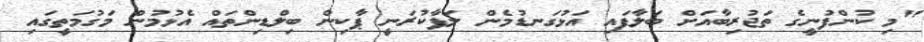
"މި ކުންފުނީގެ ތަޖުރިބާއަށް ބަލާފައި އަޅުގަނޑުމެން ލަފާކުރަނީ ޕާކިން ބިލްޑިންތައް އެޅުމުން މަގުމަތީގައި